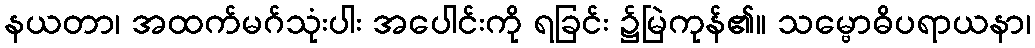
နယတာ၊ အထက်မဂ်သုံးပါး အပေါင်းကို ရခြင်း ၌မြဲကုန်၏။ သမ္ဗောဓိပရာယနာ၊